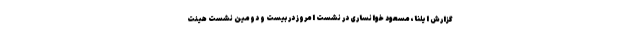
گزارش ایلنا، مسعود خوانساری در نشست امروز در بیست ‌و دومین نشست هیئت